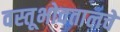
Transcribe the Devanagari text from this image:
वस्तूभोवतालचे